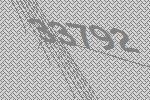
33792